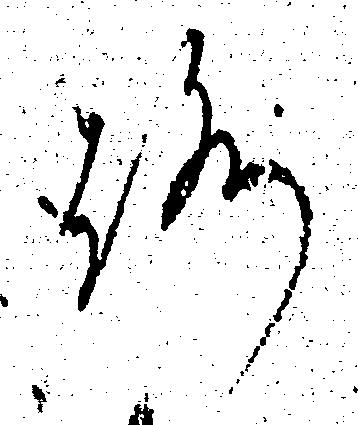
ろ